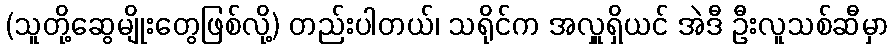
(သူတို့ဆွေမျိုးတွေဖြစ်လို့) တည်းပါတယ်၊ သရိုင်က အလှူရှိယင် အဲဒီ ဦးလူသစ်ဆီမှာ